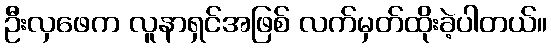
ဦးလှဖေက လူနာရှင်အဖြစ် လက်မှတ်ထိုးခဲ့ပါတယ်။